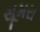
સૂમરા